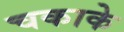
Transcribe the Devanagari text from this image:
चकाके